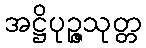
အဋ္ဌိပုဉ္ဇသုတ္တ